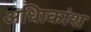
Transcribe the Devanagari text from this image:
अधिाकांश